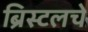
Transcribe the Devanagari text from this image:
ब्रिस्टलचे